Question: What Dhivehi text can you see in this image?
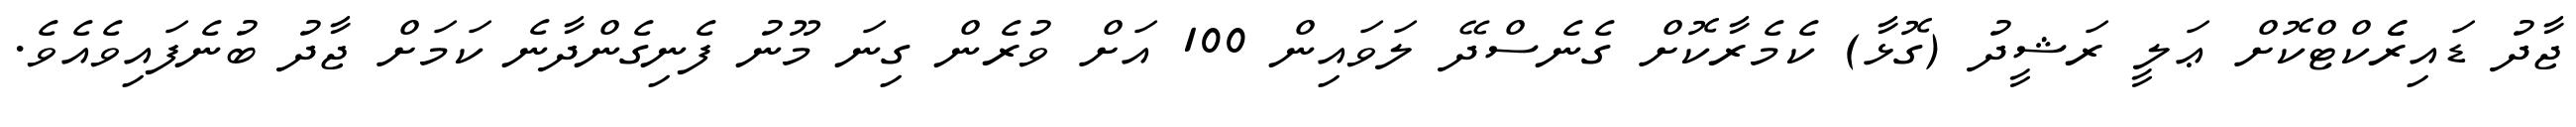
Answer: ޖާދު ޑައިރެެކްޓްކޮށް ޢަލީ ރަޝީދު (ގޮޅާ) ކެމެރާކޮށް ގެނެސްދޭ ލަވައިން 100 އަށް ވުރެން ގިނަ މޫނު ފެނިގެންދާނެ ކަމަށް ޖާދު ބުނެފައިވެއެވެ.